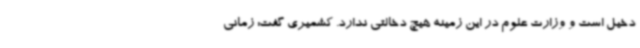
دخیل است و وزارت علوم در این زمینه هیچ دخالتی ندارد. کشمیری گفت: زمانی